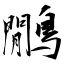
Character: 鷳